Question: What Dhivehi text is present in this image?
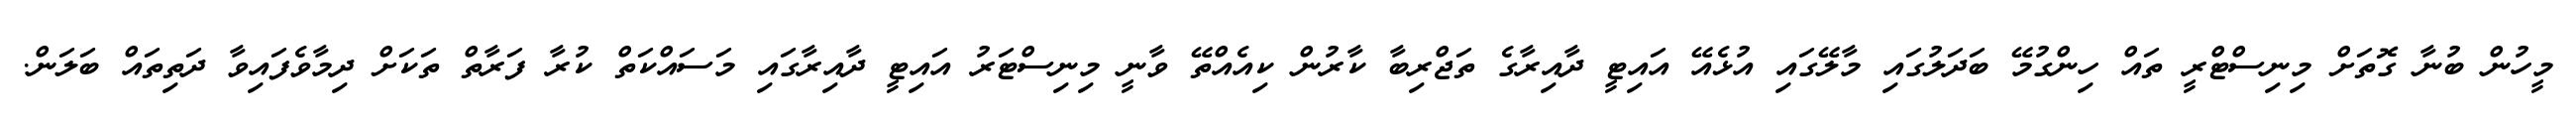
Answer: މީހުން ބުނާ ގޮތަށް މިނިސްޓްރީ ތައް ހިންގުމޭ ބަދަލުގައި މާލޭގައި އުޅެއޭ އައިޓީ ދާއިރާގެ ތަޖްރިބާ ކާރުން ކިއެއްތޭ ވާނީ މިނިސްޓަރު އައިޓީ ދާއިރާގައި މަސައްކަތް ކުރާ ފަރާތް ތަކަށް ދިމާވެފައިވާ ދަތިތައް ބަލަން.